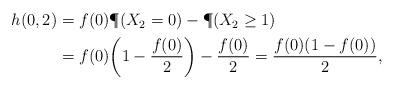
LaTeX: \begin{align*}\begin{aligned} h(0,2)&=f(0)\P(X_2=0)-\P(X_2\geq 1)\\ & =f(0)\bigg(1-\frac{f(0)}{2}\bigg)-\frac{f(0)}{2} =\frac{f(0)(1- f(0))}{2},\end{aligned}\end{align*}